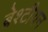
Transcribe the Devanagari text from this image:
ब्रेश्टीयन